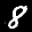
Label: 8